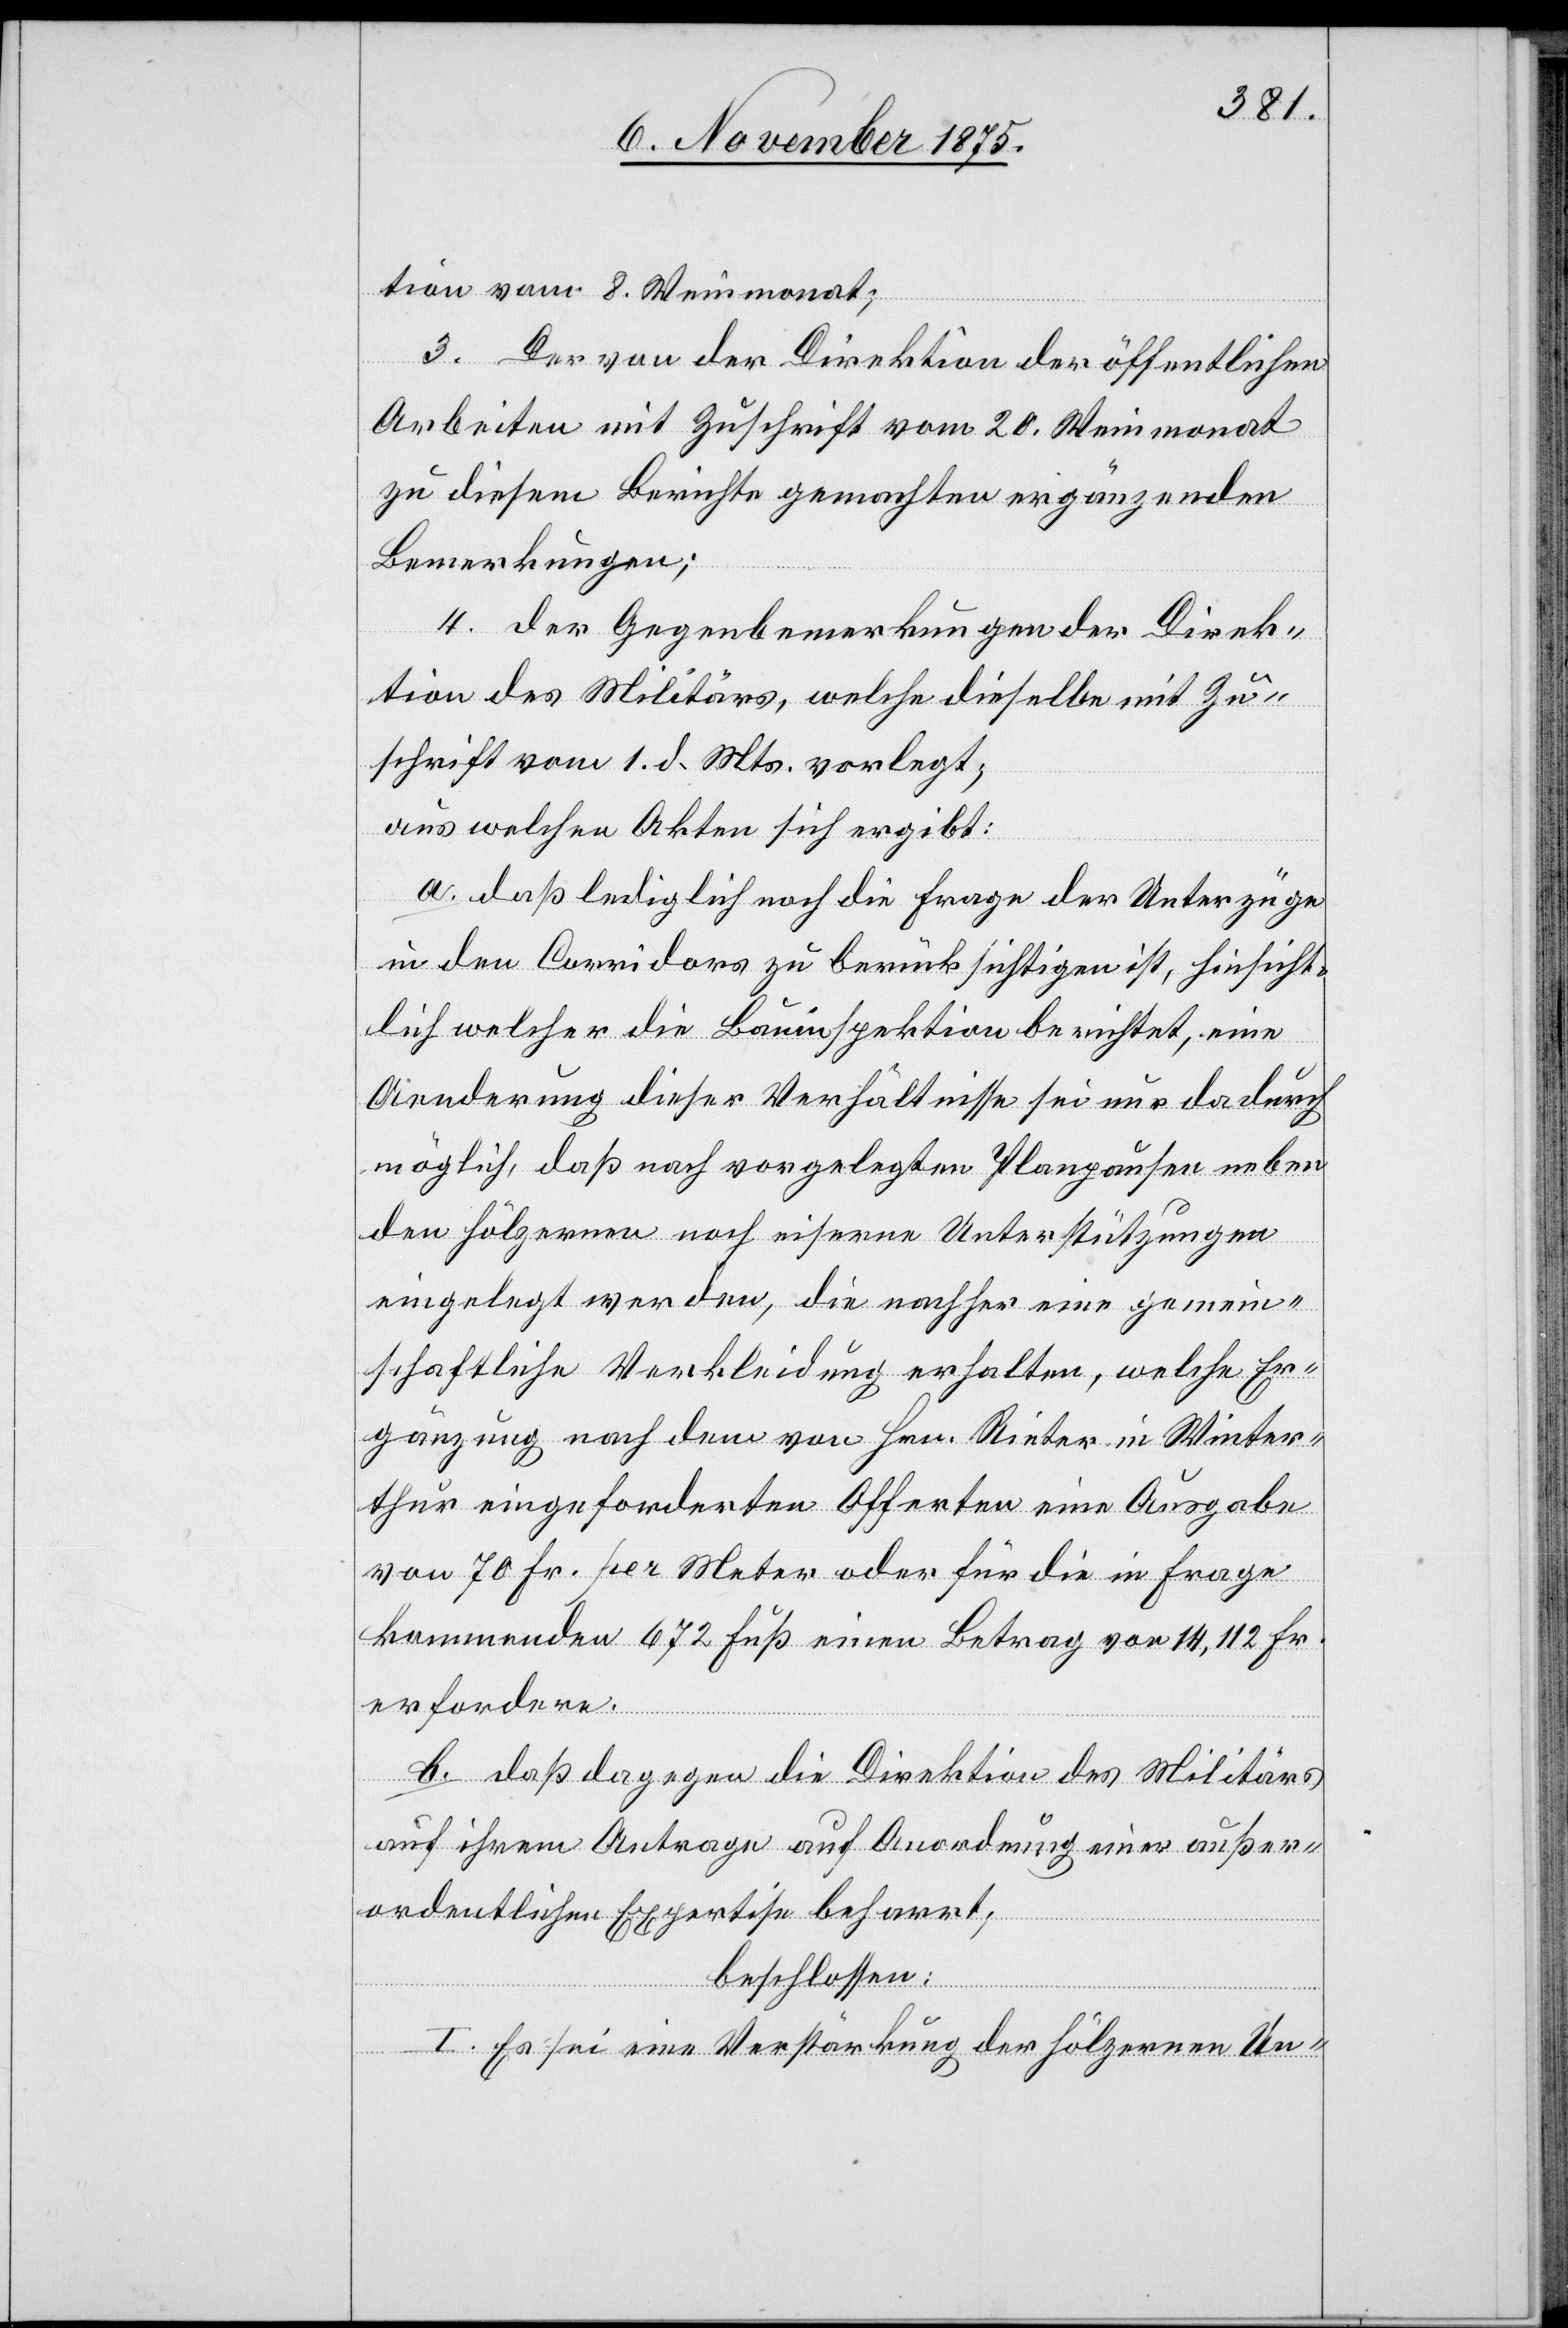
tion vom 8. Weinmonat.
3. Der von der Direktion der öffentlichen
Arbeiten mit Zuschrift vom 20. Weinmonat
zu diesem Berichte gemachten ergänzenden
Bemerkungen;
4. der Gegenbemerkungen der Direk¬
tion des Militärs, welche dieselbe mit Zu¬
schrift vom 1. d. Mts. vorlegt;
aus welchen Akten sich ergibt:
a. daß lediglich noch die Frage der Unterzüge
in den Corridors zu berücksichtigen ist, hinsicht¬
lich welcher die Bauinspektion berichtet, eine
Aenderung dieser Verhältnisse sei nur dadurch
möglich, daß nach vorgelegten Planpausen neben
den hölzernen noch eiserne Unterstützungen
eingelegt werden, die nachher eine gemein¬
schaftliche Verkleidung erhalten, welche Er¬
gänzung nach dem von Hrn. Rieter in Winter¬
thur eingeforderten Offerten eine Ausgabe
von 70 Fr. per Meter oder für die in Frage
kommenden 672 Fuß einen Betrag von 14,112 Fr.
erfordere.
b. daß dagegen die Direktion des Militärs
auf ihrem Antrage auf Anordnung einer außer¬
ordentlichen Expertise beharrt;
beschlossen:
I. Es sei eine Verstärkung der hölzernen Un-